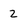
Character: 2